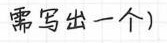
需写出一个）